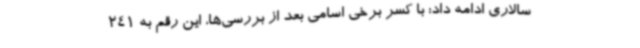
سالاری ادامه داد: با کسر برخی اسامی بعد از بررسی‌ها، این رقم به 241